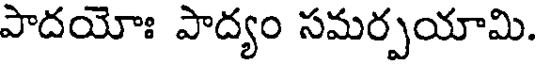
పాదయోః పాద్యం సమర్పయామి.